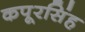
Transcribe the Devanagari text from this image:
कपूरसिंह